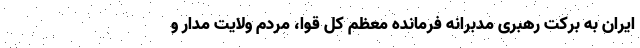
ایران به برکت رهبری مدبرانه فرمانده معظم کل قوا، مردم ولایت مدار و